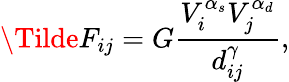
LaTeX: \Tilde{F}_{ij}=G\frac{V_{i}^{\alpha_{s}}V_{j}^{\alpha_{d}}}{d_{ij}^{\gamma}},